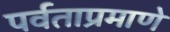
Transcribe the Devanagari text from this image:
पर्वताप्रमाणे